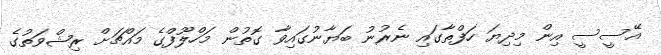
އޭސީސީ އިން މިދިޔަ ހަފްތާގައި ނެރުނު ބަޔާނުގައިވާ ގޮތުން މަހްލޫފްގެ މައްޗަށް ރިޝްވަތުގެ